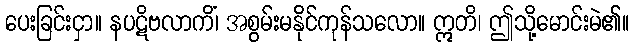
ပေးခြင်းငှာ။ နပဋိဗလာကိံ၊ အစွမ်းမနိုင်ကုန်သလော။ ဣတိ၊ ဤသို့မောင်းမဲ၏။